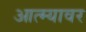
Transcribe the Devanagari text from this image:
आत्म्यावर